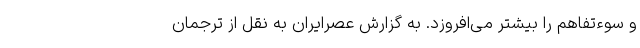
و سوءتفاهم را بیشتر می‌افروزد. به گزارش عصرایران به نقل از ترجمان